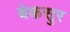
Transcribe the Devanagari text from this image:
बेकसुर